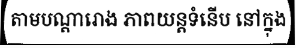
តាមបណ្តារោង ភាពយន្តទំនើប នៅក្នុង